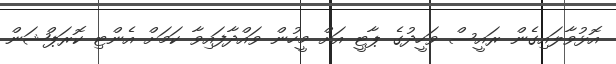
އޮޅުވާލައިގެން ރައީސް ވަހީދުގެ ޕާޓީ އަށް މީހުން ވައްދާފައިވާ ކަމަށް އެންޓި ކޮރަޕްޝަން